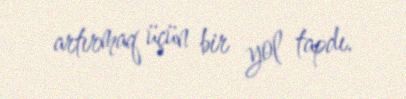
artırmaq üçün bir yol tapdı.